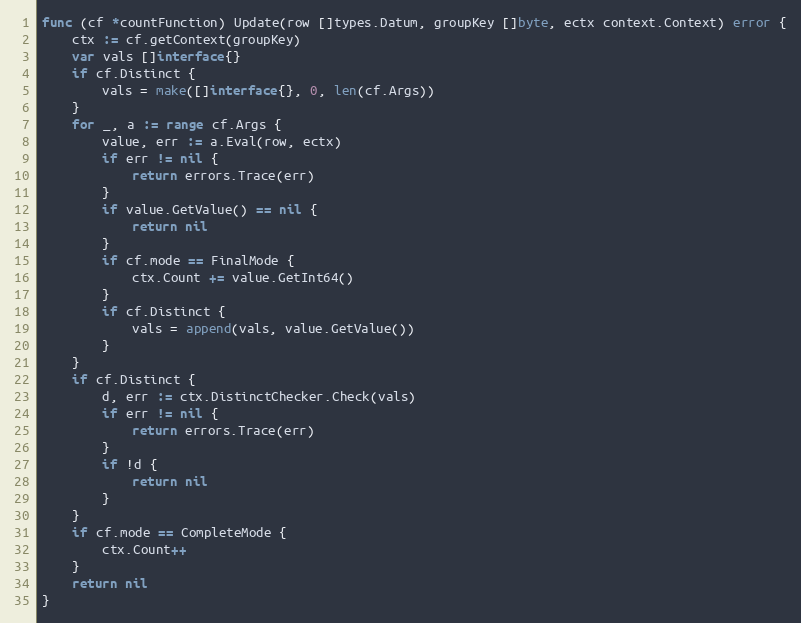
Language: Go
func (cf *countFunction) Update(row []types.Datum, groupKey []byte, ectx context.Context) error {
	ctx := cf.getContext(groupKey)
	var vals []interface{}
	if cf.Distinct {
		vals = make([]interface{}, 0, len(cf.Args))
	}
	for _, a := range cf.Args {
		value, err := a.Eval(row, ectx)
		if err != nil {
			return errors.Trace(err)
		}
		if value.GetValue() == nil {
			return nil
		}
		if cf.mode == FinalMode {
			ctx.Count += value.GetInt64()
		}
		if cf.Distinct {
			vals = append(vals, value.GetValue())
		}
	}
	if cf.Distinct {
		d, err := ctx.DistinctChecker.Check(vals)
		if err != nil {
			return errors.Trace(err)
		}
		if !d {
			return nil
		}
	}
	if cf.mode == CompleteMode {
		ctx.Count++
	}
	return nil
}